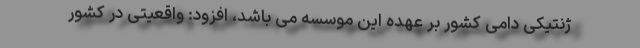
ژنتیکی دامی کشور بر عهده این موسسه می باشد، افزود: واقعیتی در کشور